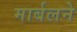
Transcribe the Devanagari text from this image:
मार्बलने